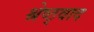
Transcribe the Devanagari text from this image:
श्रेष्ठ्वाद